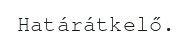
Határátkelő.